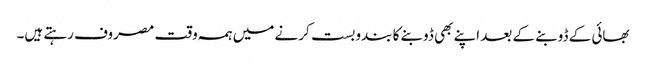
بھائی کے ڈوبنے کے بعد اپنے بھی ڈوبنے کا بندوبست کرنے میں ہمہ وقت مصروف رہتے ہیں۔